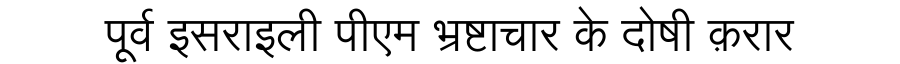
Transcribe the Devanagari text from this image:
पूर्व इसराइली पीएम भ्रष्टाचार के दोषी क़रार